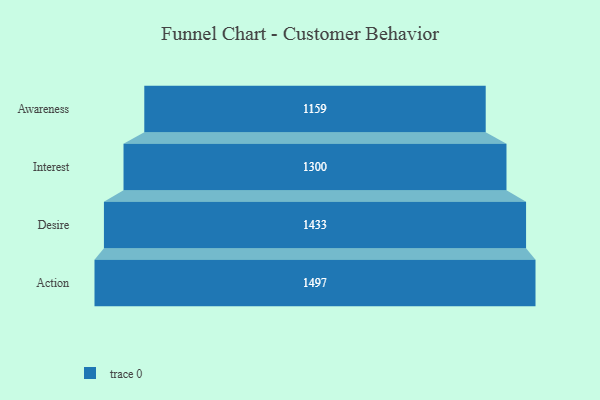
{"axis": {"x": "Stage", "y": "Value"}, "legend": [""], "data": [{"x": "Awareness", "y": 1159.0, "type": ""}, {"x": "Interest", "y": 1300.0, "type": ""}, {"x": "Desire", "y": 1433.0, "type": ""}, {"x": "Action", "y": 1497.0, "type": ""}]}